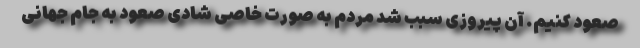
صعود کنیم. آن پیروزی سبب شد مردم به صورت خاصی شادی صعود به جام جهانی